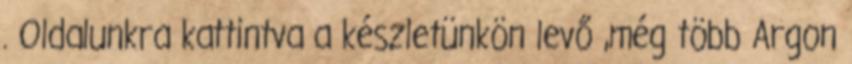
. Oldalunkra kattintva a készletünkön levő ,még több Argon